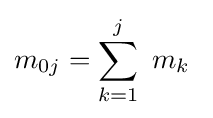
m_{0j}=\sum _{k=1}^{j}\ m_{k}\